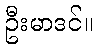
ဦးမာဒင်။